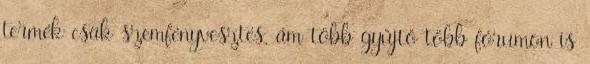
termék csak szemfényvesztés, ám több gyűjtő több fórumon is